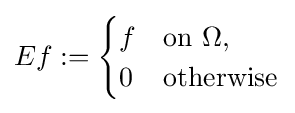
Ef:={\begin{cases}f&{\textrm {on}}\ \Omega ,\\0&{\textrm {otherwise}}\end{cases}}